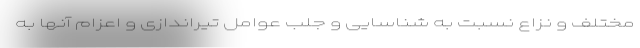
مختلف و نزاع نسبت به شناسایی و جلب عوامل تیراندازی و اعزام آنها به